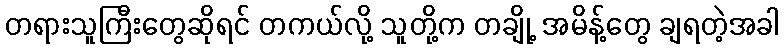
တရားသူကြီးတွေဆိုရင် တကယ်လို့ သူတို့က တချို့ အမိန့်တွေ ချရတဲ့အခါ